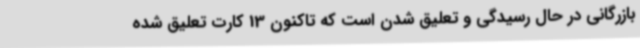
بازرگانی در حال رسیدگی و تعلیق شدن است که تاکنون 13 کارت تعلیق شده